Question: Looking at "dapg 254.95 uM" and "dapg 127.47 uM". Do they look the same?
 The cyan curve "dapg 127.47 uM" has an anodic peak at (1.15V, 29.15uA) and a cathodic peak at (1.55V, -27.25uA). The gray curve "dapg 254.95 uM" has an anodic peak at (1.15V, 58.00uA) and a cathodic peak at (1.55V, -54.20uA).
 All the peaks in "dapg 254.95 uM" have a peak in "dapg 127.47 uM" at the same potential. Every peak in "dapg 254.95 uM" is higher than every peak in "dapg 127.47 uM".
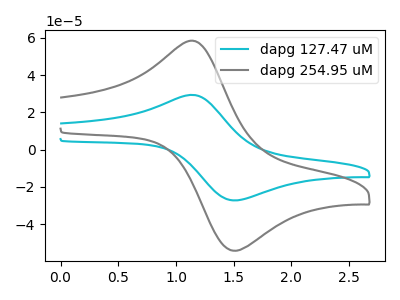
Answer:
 <answer>"dapg 254.95 uM" and "dapg 127.47 uM" are similar in shape.</answer>
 <eval>same_shape</eval>